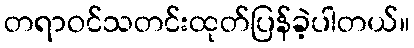
တရာဝင်သတင်းထုတ်ပြန်ခဲ့ပါတယ်။